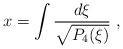
LaTeX: \begin{align*}x = \int {d\xi \over \sqrt{P_4 (\xi)}} \ ,\end{align*}